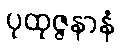
ပုထုဇ္ဇနာနံ